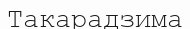
Такарадзима